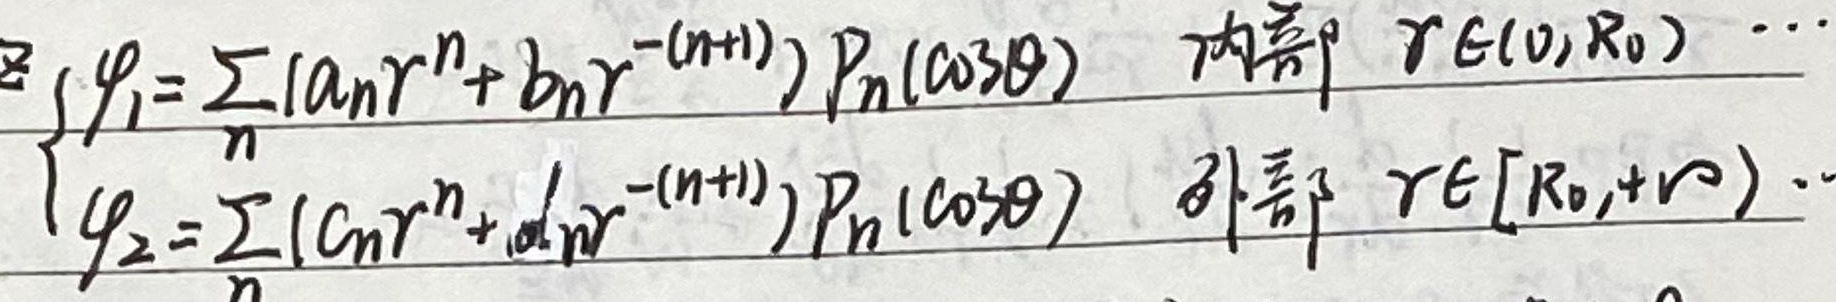
\[
\begin{cases}
\varphi_1=\sum_{n} (a_nr^{n}+b_nr^{-(n + 1)})P_n(\cos\theta) & \text{内部 } r\in(0,R_0) \\
\varphi_2=\sum_{n}(c_nr^{n}+d_nr^{-(n + 1)})P_n(\cos\theta) & \text{外部 } r\in[R_0,+\infty)
\end{cases}
\]